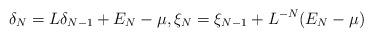
\begin{align*} \delta_N = L \delta_{N-1} + E_N - \mu, \xi_N = \xi_{N-1} + L^{-N}(E_N - \mu)\end{align*}